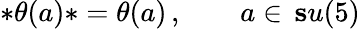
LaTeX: *\theta(a)*=\theta(a)\, ,\qquad a\in\, {\mathbf su(5)}